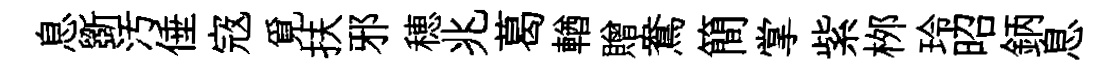
息斵汚倕𡨥覓扶邪穂兆葛輶贈鴦簡掌紫桞玲昭鈵息